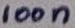
Text: 100n